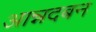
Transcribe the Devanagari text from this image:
आन्नदबन